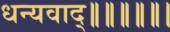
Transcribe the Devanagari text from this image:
धन्यवाद्॥॥॥॥॥।